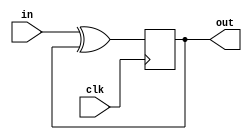
module top_module (
    input clk,
    input in, 
    output out);

    reg d,q;//wire

    always@(posedge clk) begin
        q <= d;
    end
 
    assign out = q;
    assign d = in^q;

endmodule